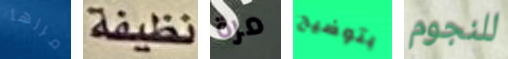
مررها نظيفة مرة بتوضيح للنجوم